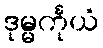
ဒုမ္မင်္ကုယံ